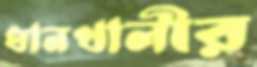
ধানখালীর